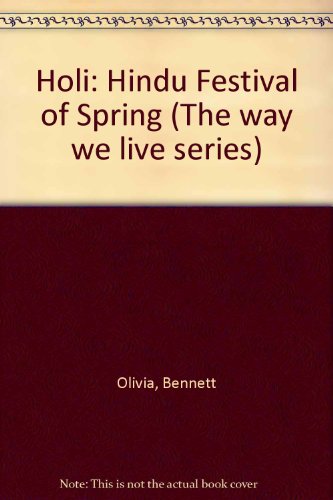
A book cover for Holi: Hindu Festival of Spring (The way we live series); Olivia Bennett; Children's Books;